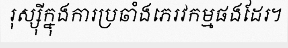
រុស្ស៊ីក្នុងការប្រឆាំងភេរវកម្មផងដែរ។